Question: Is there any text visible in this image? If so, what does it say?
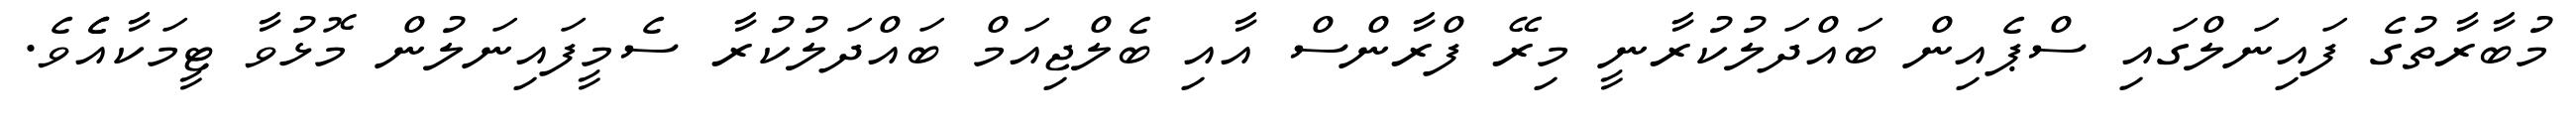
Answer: މުބާރާތުގެ ފައިނަލްގައި ސްޕެއިން ބައްދަލުކުރާނީ މިރޭ ފްރާންސް އާއި ބެލްޖިއަމް ބައްދަލުކުރާ ސެމީފައިނަލުން މޮޅުވާ ޓީމަކާއެެވެ.